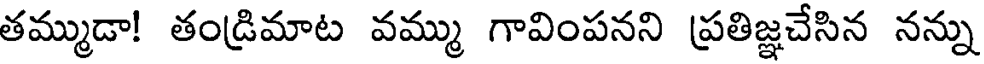
తమ్ముడా! తండ్రిమాట వమ్ము గావింపనని ప్రతిజ్ఞచేసిన నన్ను